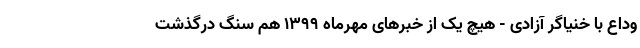
وداع با خُنیاگرِ آزادی - هیچ یک از خبرهای مهرماه 1399 هم سنگِ درگذشت